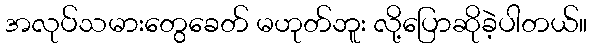
အလုပ်သမားတွေခေတ် မဟုတ်ဘူး လို့ပြောဆိုခဲ့ပါတယ်။